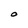
Character: O